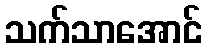
သက်သာအောင်